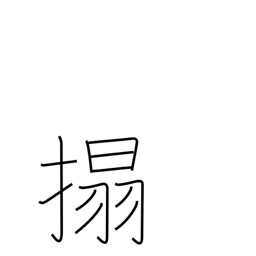
Meaning: rub a copy of a stone inscription